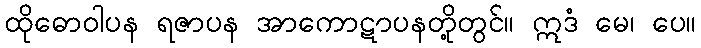
ထိုဓောဝါပန ရဇာပန အာကောဋာပနတို့တွင်။ ဣဒံ မေ၊ ပေ။